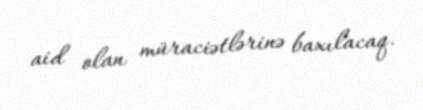
aid olan müraciətlərinə baxılacaq.